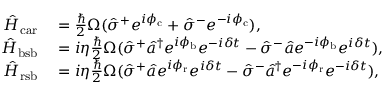
\begin{array} { r l } { \hat { H } _ { \mathrm { c a r } } } & { { } = \frac { \hbar } { 2 } \Omega ( \hat { \sigma } ^ { + } e ^ { i \phi _ { \mathrm { c } } } + \hat { \sigma } ^ { - } e ^ { - i \phi _ { \mathrm { c } } } ) , } \\ { \hat { H } _ { \mathrm { b s b } } } & { { } = i \eta \frac { \hbar } { 2 } \Omega ( \hat { \sigma } ^ { + } \hat { a } ^ { \dagger } e ^ { i \phi _ { \mathrm { b } } } e ^ { - i \delta t } - \hat { \sigma } ^ { - } \hat { a } e ^ { - i \phi _ { \mathrm { b } } } e ^ { i \delta t } ) , } \\ { \hat { H } _ { \mathrm { r s b } } } & { { } = i \eta \frac { \hbar } { 2 } \Omega ( \hat { \sigma } ^ { + } \hat { a } e ^ { i \phi _ { \mathrm { r } } } e ^ { i \delta t } - \hat { \sigma } ^ { - } \hat { a } ^ { \dagger } e ^ { - i \phi _ { \mathrm { r } } } e ^ { - i \delta t } ) , } \end{array}